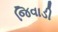
જિવાડી